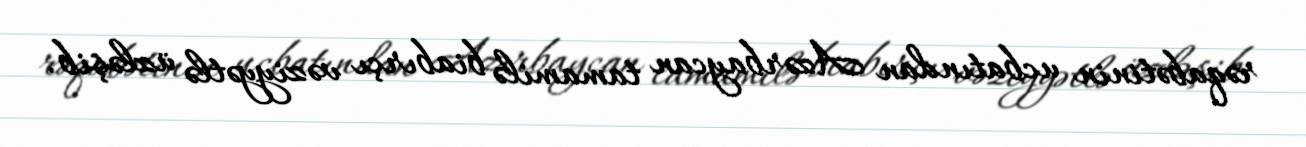
rəqabətinin ucbatından Azərbaycan tamamilə biabırçı vəziyyətlə üzləşib.